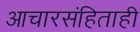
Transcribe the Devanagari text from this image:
आचारसंहिताही